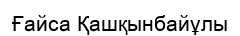
Ғайса Қашқынбайұлы